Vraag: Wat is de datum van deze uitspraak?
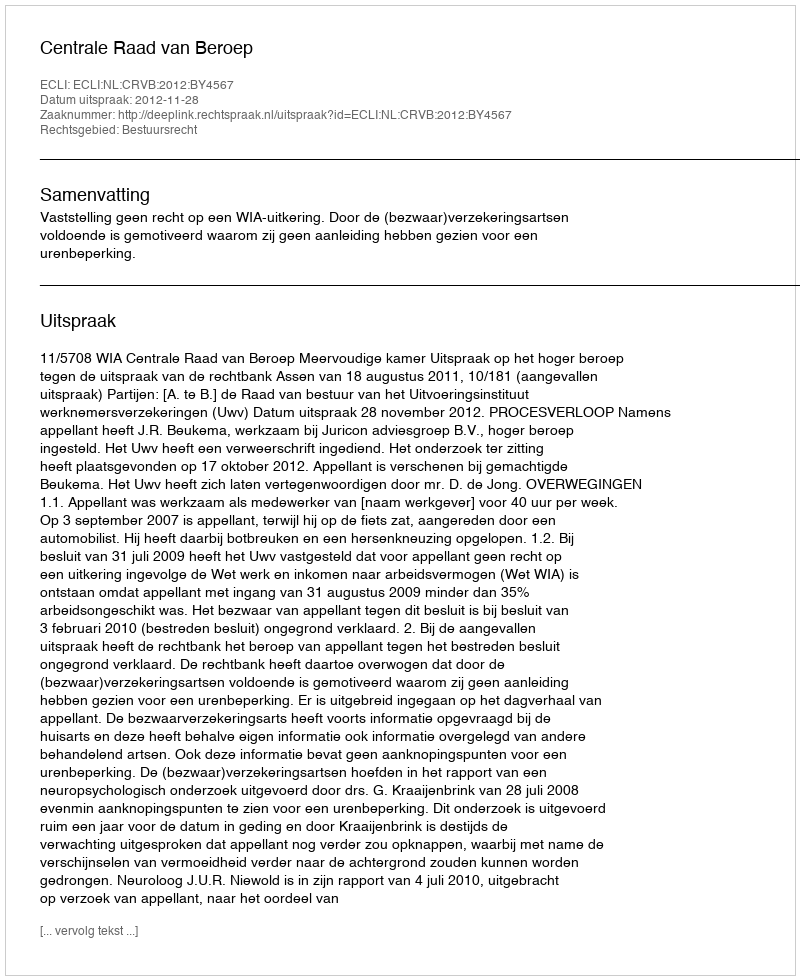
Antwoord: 2012-11-28